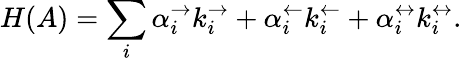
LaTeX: H(A)=\sum_{i}\alpha_{i}^{\rightarrow}k_{i}^{\rightarrow}+\alpha_{i}^{\leftarrow}k_{i}^{\leftarrow}+\alpha_{i}^{\leftrightarrow}k_{i}^{\leftrightarrow}.